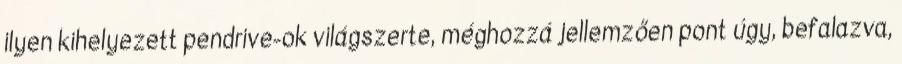
ilyen kihelyezett pendrive-ok világszerte, méghozzá jellemzően pont úgy, befalazva,